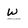
Character: w